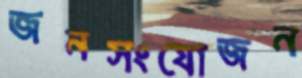
জনসংযোজন